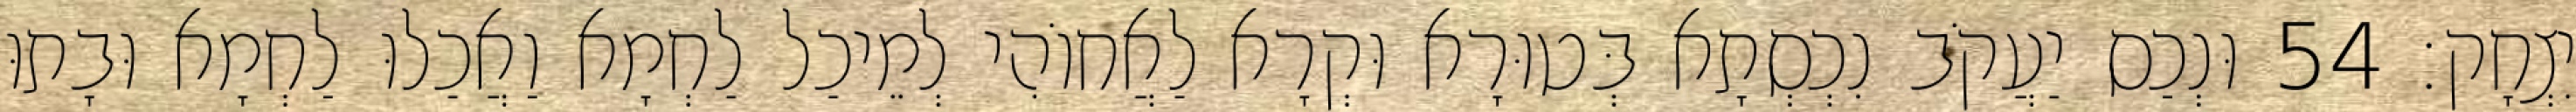
יִצְחָק׃ 54 וּנְכַס יַעֲקֹב נִכְסְתָא בְּטוּרָא וּקְרָא לַאֲחוֹהִי לְמֵיכַל לַחְמָא וַאֲכַלוּ לַחְמָא וּבָתוּ